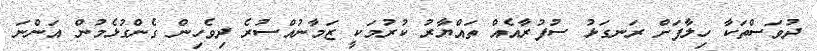
ދުވަސްތަކާ ހިލާފަށް ރަނގަޅު ސުފުރާއެއް ތައްޔާރު ކުރުމަކީ ޒަމާނުއްސުރެ ދިވެހިން ގެންގުޅެމުން އަންނަ